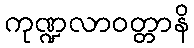
ကုဏ္ဍလာဝတ္တာနိ